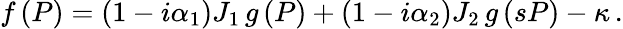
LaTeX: f\left(P\right)=\left(1-i\alpha_{1}\right)J_{1}\, g\left(P\right)+\left(1-i\alpha_{2}\right)J_{2}\, g\left(sP\right)-\kappa\, .